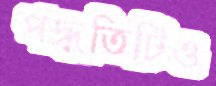
পদ্ধতিটিও